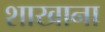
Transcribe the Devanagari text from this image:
शाखाना